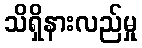
သိရှိနားလည်မှု